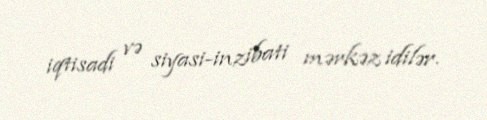
iqtisadi və siyasi-inzibati mərkəz idilər.